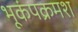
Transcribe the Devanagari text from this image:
भूकंपक्रमश